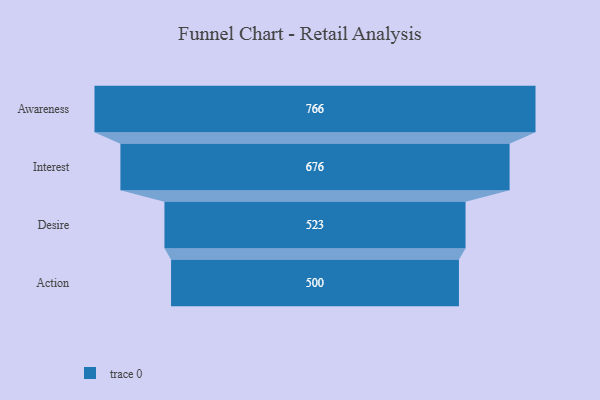
{"axis": {"x": "Stage", "y": "Value"}, "legend": [""], "data": [{"x": "Awareness", "y": 766.0, "type": ""}, {"x": "Interest", "y": 676.0, "type": ""}, {"x": "Desire", "y": 523.0, "type": ""}, {"x": "Action", "y": 500, "type": ""}]}